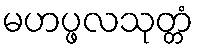
မဟပ္ဖလသုတ္တံ